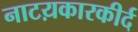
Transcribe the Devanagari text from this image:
नाटय़कारकीर्द